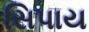
સિપાય